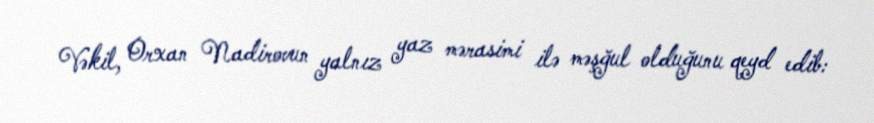
Vəkil, Orxan Nadirovun yalnız yaz mərasimi ilə məşğul olduğunu qeyd edib: